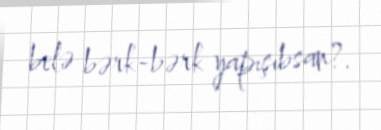
belə bərk-bərk yapışıbsan?.